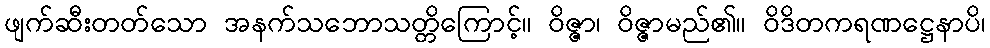
ဖျက်ဆီးတတ်သော အနက်သဘောသတ္တိကြောင့်။ ဝိဇ္ဇာ၊ ဝိဇ္ဇာမည်၏။ ဝိဒိတကရဏဋ္ဌေနာပိ၊